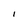
Character: I